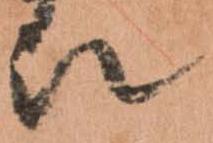
被